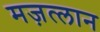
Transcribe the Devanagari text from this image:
मज़त्लान